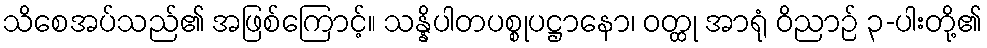
သိစေအပ်သည်၏ အဖြစ်ကြောင့်။ သန္နိပါတပစ္စုပဋ္ဌာနော၊ ဝတ္ထု အာရုံ ဝိညာဉ် ၃-ပါးတို့၏